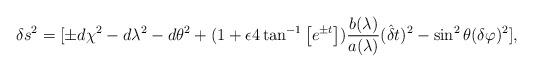
LaTeX: \begin{align*}\delta s^{2} = [\pm d\chi ^{2}-d\lambda ^{2}-d\theta ^{2}+(1 + \epsilon 4 \tan ^{-1} \left[e ^{\pm t}\right])\frac{b (\lambda)}{a(\lambda )}(\hat{{\delta }}t)^{2} - \sin ^2 \theta(\delta \varphi)^{2}],\end{align*}